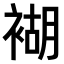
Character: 𧛞